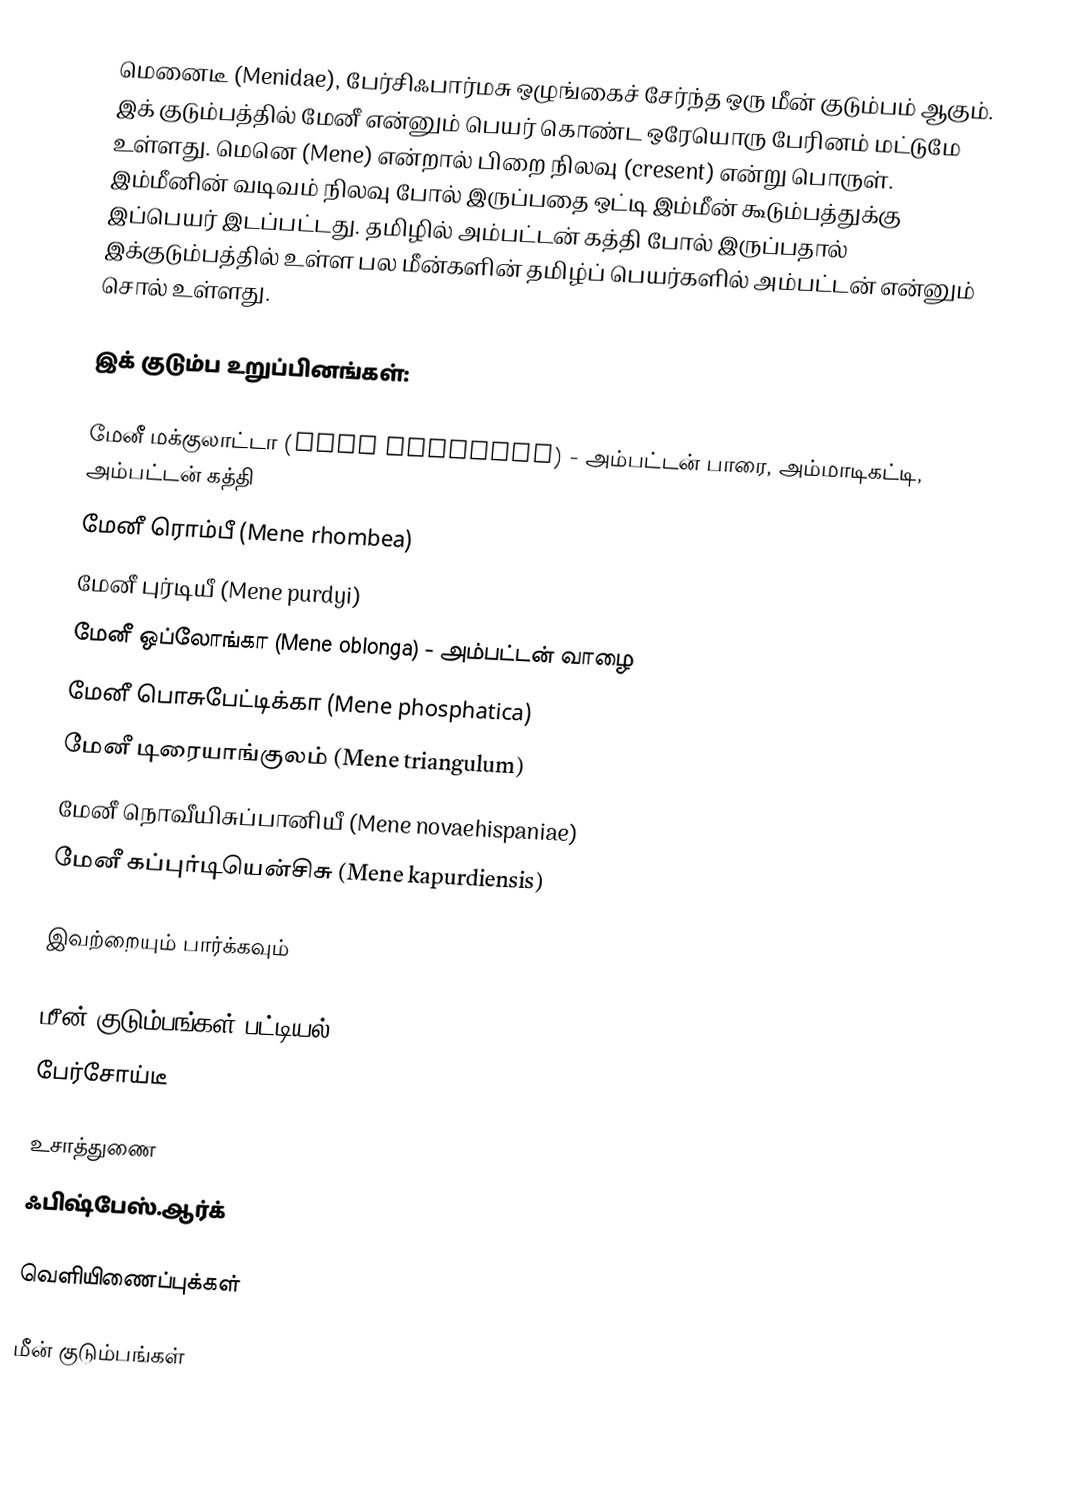
மெனைடீ (Menidae), பேர்சிஃபார்மசு ஒழுங்கைச் சேர்ந்த ஒரு மீன் குடும்பம் ஆகும். இக் குடும்பத்தில் மேனீ என்னும் பெயர் கொண்ட ஒரேயொரு பேரினம் மட்டுமே உள்ளது. மெனெ (Mene) என்றால் பிறை நிலவு (cresent) என்று பொருள். இம்மீனின் வடிவம் நிலவு போல் இருப்பதை ஒட்டி இம்மீன் கூடும்பத்துக்கு இப்பெயர் இடப்பட்டது. தமிழில் அம்பட்டன் கத்தி போல் இருப்பதால் இக்குடும்பத்தில் உள்ள பல மீன்களின் தமிழ்ப் பெயர்களில் அம்பட்டன் என்னும் சொல் உள்ளது.

இக் குடும்ப உறுப்பினங்கள்:

மேனீ மக்குலாட்டா (Mene maculata) - அம்பட்டன் பாரை, அம்மாடிகட்டி, அம்பட்டன் கத்தி
மேனீ ரொம்பீ (Mene rhombea)
மேனீ புர்டியீ (Mene purdyi)
மேனீ ஒப்லோங்கா (Mene oblonga) - அம்பட்டன் வாழை
மேனீ பொசுபேட்டிக்கா (Mene phosphatica)
மேனீ டிரையாங்குலம் (Mene triangulum)
மேனீ நொவீயிசுப்பானியீ (Mene novaehispaniae)
மேனீ கப்புர்டியென்சிசு (Mene kapurdiensis)

இவற்றையும் பார்க்கவும்

 மீன் குடும்பங்கள் பட்டியல்
 பேர்சோய்டீ

உசாத்துணை
 ஃபிஷ்பேஸ்.ஆர்க்

வெளியிணைப்புக்கள்

மீன் குடும்பங்கள்